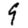
Digit: 9